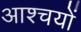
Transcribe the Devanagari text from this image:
आश्चयों